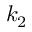
k _ { 2 }